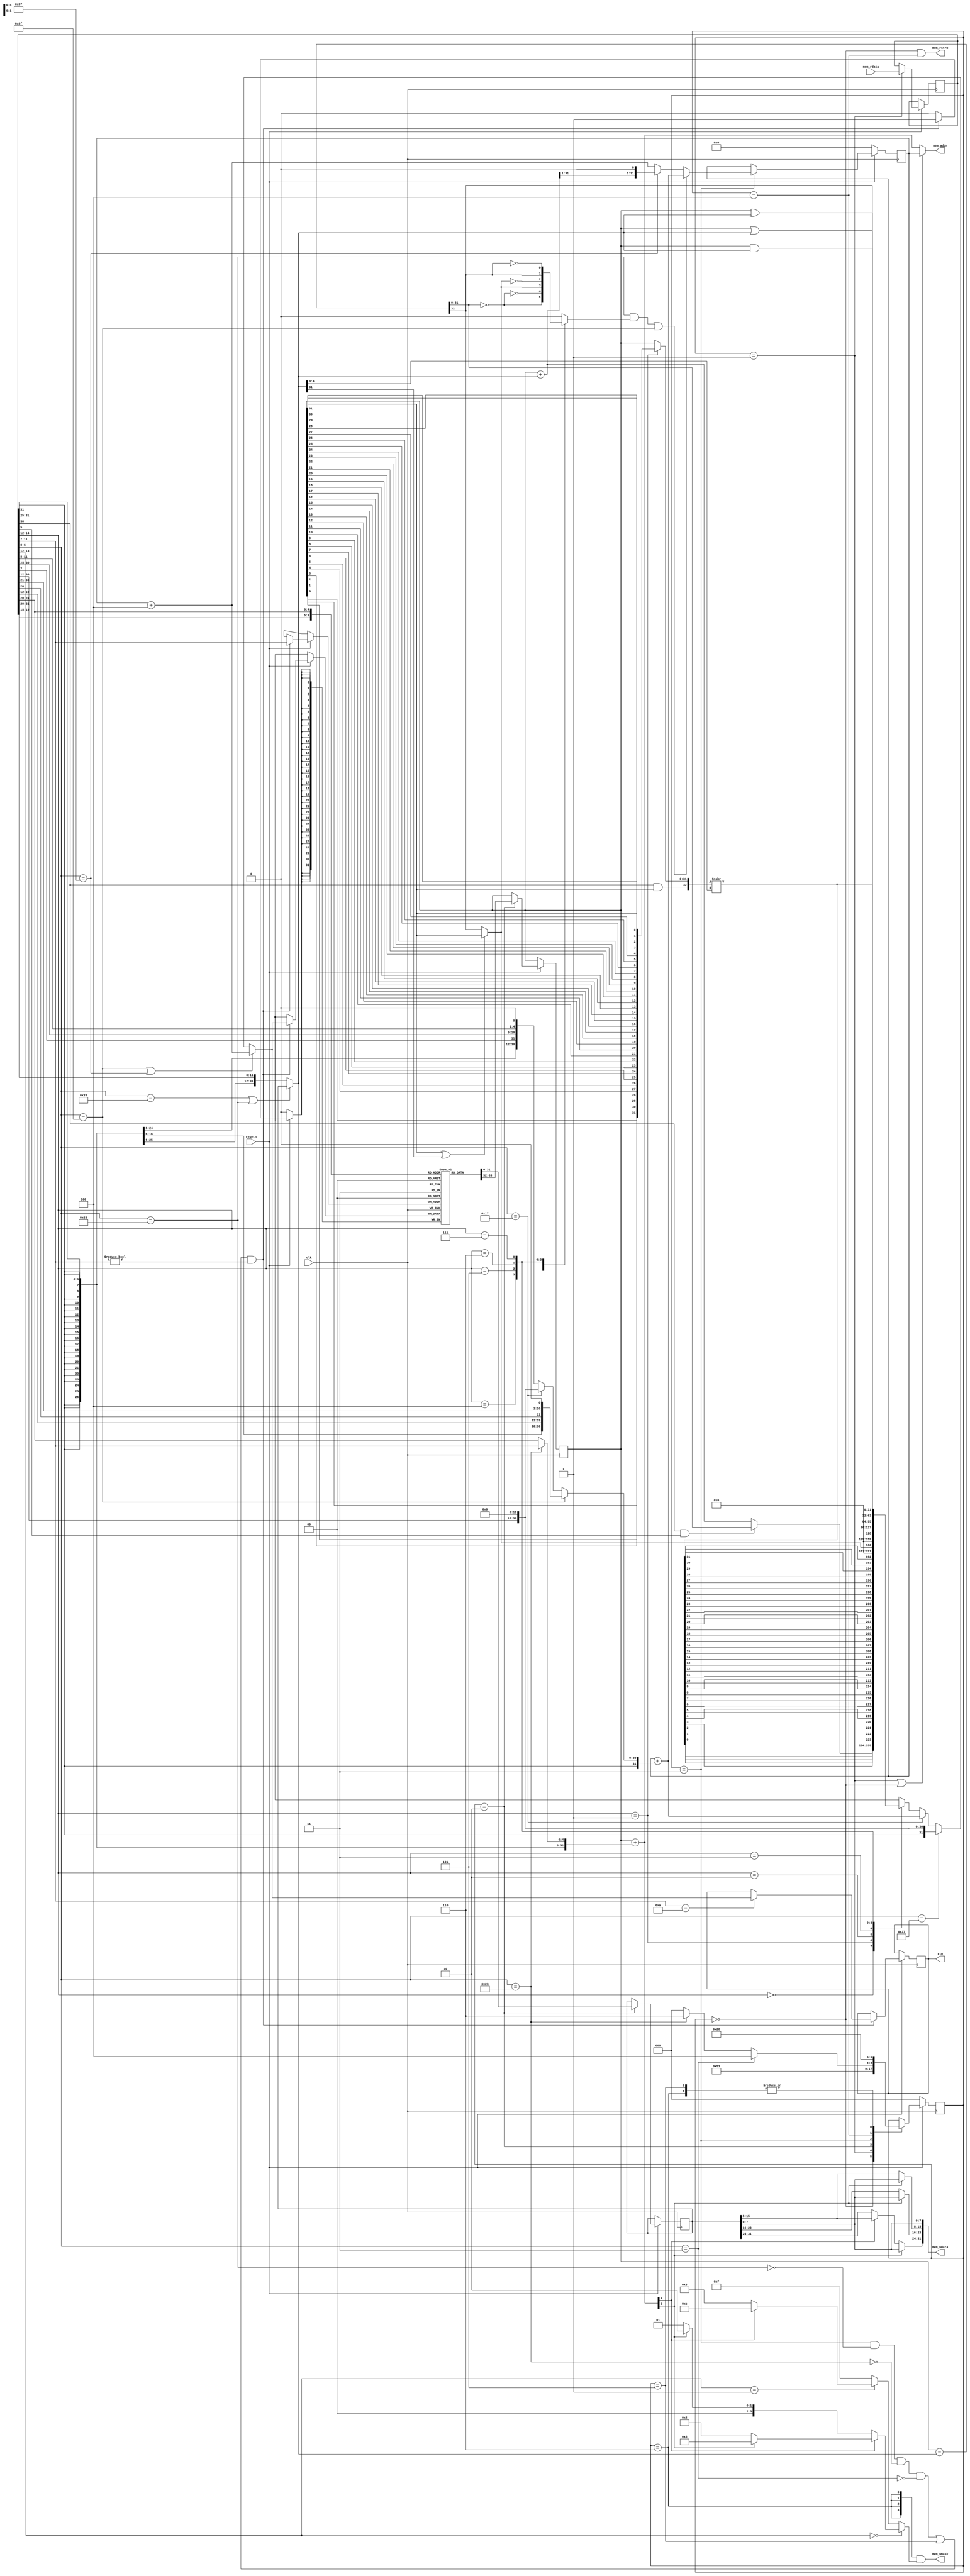
module Processor (
    input clk,
    input resetn,
    output [31:0] mem_addr,
    input  [31:0] mem_rdata,
    output        mem_rstrb,
    output [31:0] mem_wdata,
    output [3:0]  mem_wmask,
    output reg [31:0] x10 = 0
);

    reg [31:0] PC = 0;
    reg [31:0] instr;

    // https://github.com/riscv/riscv-isa-manual/releases/download/Ratified-IMAFDQC/riscv-spec-20191213.pdf
    // pg 130
    wire [6:0] opcode = instr[6:0];
    wire isLUI    = (opcode == 7'b0110111);
    wire isAUIPC  = (opcode == 7'b0010111);
    wire isJAL    = (opcode == 7'b1101111);
    wire isJALR   = (opcode == 7'b1100111);
    wire isBranch = (opcode == 7'b1100011);
    wire isLoad   = (opcode == 7'b0000011);
    wire isStore  = (opcode == 7'b0100011);
    wire isALUimm = (opcode == 7'b0010011);
    wire isALUreg = (opcode == 7'b0110011);
    wire isFENCE  = (opcode == 7'b0001111);
    wire isSYSTEM = (opcode == 7'b1110011);

    wire [4:0] rs2 = instr[24:20];
    wire [4:0] rs1 = instr[19:15];
    wire [4:0] rd  = instr[11:7];
    wire [2:0] funct3 = instr[14:12];
    wire [6:0] funct7 = instr[31:25];

    // immediate is [31:20] but sign extended to 32 bit
    // so repeat instr[31] 21 times and append to the bottom 11 bits
    wire [31:0] Iimm = {{21{instr[31]}}, instr[30:20]};

    // similar logic for other immediate values
    wire [31:0] Uimm = {instr[31:12], {12{1'b0}}};
    wire [31:0] Simm= {{21{instr[31]}}, instr[30:25], instr[11:7]};
    wire [31:0] Bimm= {{20{instr[31]}}, instr[7], instr[30:25], instr[11:8], 1'b0};
    wire [31:0] Jimm= {{12{instr[31]}}, instr[19:12], instr[20], instr[30:21], 1'b0};

    reg [31:0] RegisterBank [0:31];
    reg [31:0] rs1val;
    reg [31:0] rs2val;
    wire [31:0] writeBackData;
    wire writeBackEn;

`ifdef BENCH
    integer     i;
    initial begin
        for(i=0; i<32; ++i) begin
            RegisterBank[i] = 0;
        end
    end
`endif

    wire [31:0] loadstore_addr = rs1val + (isStore ? Simm : Iimm);
    wire [15:0] LOAD_halfword = loadstore_addr[1] ? mem_rdata[31:16] : mem_rdata[15:0];
    wire [7:0] LOAD_byte = loadstore_addr[0] ? LOAD_halfword[15:8] : LOAD_halfword[7:0];
    wire mem_byteAccess = funct3[1:0] == 2'b00;
    wire mem_halfwordAccess = funct3[1:0] == 2'b01;

    wire LOAD_sign = !funct3[2] & (mem_byteAccess ? LOAD_byte[7] : LOAD_halfword[15]);

    wire [31:0] LOAD_data = mem_byteAccess ? {{24{LOAD_sign}}, LOAD_byte} :
                            mem_halfwordAccess ? {{16{LOAD_sign}}, LOAD_halfword} :
                            mem_rdata;

    wire [3:0] STORE_mask = mem_byteAccess ?
                                (loadstore_addr[1] ?
                                    (loadstore_addr[0] ? 4'b1000 : 4'b0100) :
                                    (loadstore_addr[0] ? 4'b0010 : 4'b0001)
                                ) :
                            mem_halfwordAccess ?
                                (loadstore_addr[1] ? 4'b1100 : 4'b0011) : 4'b1111;

    assign mem_wdata[ 7:0 ] = rs2val[7:0];
    assign mem_wdata[15:8 ] = loadstore_addr[0] ? rs2val[7:0]  : rs2val[15:8];
    assign mem_wdata[23:16] = loadstore_addr[0] ? rs2val[7:0]  : rs2val[23:16];
    assign mem_wdata[31:24] = loadstore_addr[0] ? rs2val[7:0]  :
                              loadstore_addr[1] ? rs2val[15:8] : rs2val[31:24];

    wire [31:0] aluIn1 = rs1val;
    wire [31:0] aluIn2 = isALUreg | isBranch ? rs2val : Iimm;
    wire [4:0] shiftAmt = isALUreg ? rs2val[4:0] : instr[24:20];

    // optimization: we can do the subtraction in 33 bits
    // then use minus[32] to test for comparisons
    wire [32:0] aluMinus = {1'b0, aluIn1} - {1'b0, aluIn2};
    wire EQ  = (aluMinus[31:0] == 0);
    wire LTU = aluMinus[32];
    wire LT  = (aluIn1[31] ^ aluIn2[31]) ? aluIn1[31] : aluMinus[32];

    wire [31:0] aluPlus = aluIn1 + aluIn2;

    function [31:0] flip32;
        input [31:0] x;
        flip32 = {x[ 0], x[ 1], x[ 2], x[ 3], x[ 4], x[ 5], x[ 6], x[ 7], 
                  x[ 8], x[ 9], x[10], x[11], x[12], x[13], x[14], x[15], 
                  x[16], x[17], x[18], x[19], x[20], x[21], x[22], x[23],
                  x[24], x[25], x[26], x[27], x[28], x[29], x[30], x[31]};
    endfunction

    wire [31:0] shifter_in = (funct3 == 3'b001) ? flip32(aluIn1) : aluIn1;
    wire [31:0] shifter = $signed({instr[30] & aluIn1[31], shifter_in}) >>> aluIn2[4:0];
    wire [31:0] leftshift = flip32(shifter);

    reg [31:0] aluOut;
    always @(*) begin
        case (funct3)
            3'b000: aluOut = (funct7[5] & instr[5]) ? aluMinus[31:0] : aluPlus;
            3'b001: aluOut = leftshift;
            3'b010: aluOut = {31'b0, LT};
            3'b011: aluOut = {31'b0, LTU};
            3'b100: aluOut = (aluIn1 ^ aluIn2);
            3'b101: aluOut = shifter;
            3'b110: aluOut = (aluIn1 | aluIn2);
            3'b111: aluOut = (aluIn1 & aluIn2);
        endcase
    end

    reg takeBranch;
    always @(*) begin
        case (funct3)
            3'b000: takeBranch = EQ;
            3'b001: takeBranch = !EQ;
            3'b100: takeBranch = LT;
            3'b101: takeBranch = !LT;
            3'b110: takeBranch = LTU;
            3'b111: takeBranch = !LTU;
            default: takeBranch = 1'b0;
        endcase
    end

    localparam IF = 0;
    localparam WAIT_IF = 1;
    localparam ID = 2;
    localparam EX = 3;
    localparam LOAD = 4;
    localparam WAIT_DATA = 5;
    localparam STORE = 6;
    reg [2:0] state = IF;

    wire [31:0] PCplusImm = PC + (isJAL ? Jimm : isAUIPC ? Uimm : Bimm);
    wire [31:0] PCplus4 = PC + 4;

    assign writeBackData = (isJAL || isJALR) ? PCplus4 :
                           isLUI ? Uimm :
                           isAUIPC ? PCplusImm :
                           aluOut;

    assign writeBackEn = (state == EX && !isBranch && !isStore && !isLoad) || (state == WAIT_DATA);

    wire [31:0] nextPC = ((isBranch && takeBranch) || isJAL) ? PCplusImm :
                         isJALR ? {aluPlus[31:1], 1'b0} :
                         PCplus4;

    always @(posedge clk) begin
        if (!resetn) begin
            PC <= 0;
            state <= IF;
        end else begin
            if (writeBackEn && rd != 0) begin
                RegisterBank[rd] <= writeBackData;
                if (rd == 10) begin
                    x10 <= writeBackData;
                end
`ifdef VERBOSE
                $display("x%0d <= %b", rd, writeBackData);
`endif
            end
            case (state)
                IF: begin
                    state <= WAIT_IF;
                end

                WAIT_IF: begin
                    instr <= mem_rdata;
                    state <= ID;
                end

                ID: begin
                    rs1val <= RegisterBank[rs1];
                    rs2val <= RegisterBank[rs2];
                    state <= EX;
                end

                EX: begin
                    PC <= nextPC;
                    state <= isLoad ? LOAD : (isStore ? STORE : IF);
`ifdef BENCH
                    if (isSYSTEM) $finish();
`endif
                end

                LOAD: begin
                    state <= WAIT_DATA;
                end

                WAIT_DATA: begin
                    state <= IF;
                end

                STORE: begin
                    state <= IF;
                end
            endcase
        end
    end

    assign mem_addr = (state == WAIT_IF || state == IF) ? PC : loadstore_addr;
    assign mem_rstrb = (state == IF || state == LOAD);

    assign mem_wmask = {4{(state == STORE)}} & STORE_mask;

`ifdef VERBOSE
    always @(posedge clk) begin
        $display("PC=%0d",PC);
        case (1'b1)
            isALUreg: $display("ALUreg rd=%d rs1=%d rs2=%d funct3=%b",rd, rs1, rs2, funct3);
            isALUimm: $display("ALUimm rd=%d rs1=%d imm=%0d funct3=%b",rd, rs1, Iimm, funct3);
            isBranch: $display("BRANCH");
            isJAL:    $display("JAL");
            isJALR:   $display("JALR");
            isAUIPC:  $display("AUIPC");
            isLUI:    $display("LUI");
            isLoad:   $display("LOAD");
            isStore:  $display("STORE");
            isSYSTEM: $display("SYSTEM");
        endcase
    end
`endif

endmodule